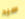
سيد